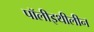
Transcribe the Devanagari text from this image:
पॉलीइथीलीन